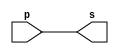
// -------------------------
// Exemplo0001 - buffer
// Nome: Breno Macena Pereira de Souza
// -------------------------

// -------------------------
// -- buffer
// -------------------------
module buffer (output s, input p);
assign s = p; // criar vnculo permanente
              // (dependncia)
endmodule // buffer

// -------------------------
// -- test buffer
// -------------------------
module testbuffer;
// ------------------------- dados locais
reg a;   // definir registrador
         // (variavel independente)
wire s;  // definir conexao (fio)
         // (varivel dependente)
// ------------------------- instncia
buffer BF1 (s, a);
// ------------------------- preparao
initial begin:start
a=0;  // valor inicial
end

// ------------------------- parte principal
initial begin:main
      // execuo unittria
$display("Exemplo 0001 - Breno Macena - 462017");
$display("Test buffer:");
$display("\t       time\ta = s");
      // execuo permanente
$monitor("%d\t%b = %b", $time, a, s);
      // aps uma unidade de tempo
		// mudar valor do registrador para 0
#1 a=1;
      // aps duas unidades de tempo
		// mudar valor do registrador para 1
#2 a=0;		
end
endmodule // testbuffer